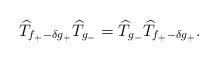
LaTeX: \begin{align*}\widehat{T}_{f_{+}-\delta g_{+}}\widehat{T}_{g_{-}}=\widehat{T}_{g_{-}}\widehat{T}_{f_{+}-\delta g_{+}}.\end{align*}